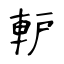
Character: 䡎